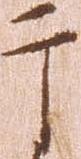
于